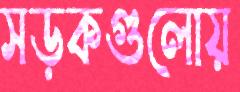
সড়কগুলোয়